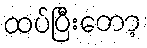
ထပ်ပြီးတော့